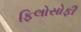
ફિલોસોફી